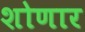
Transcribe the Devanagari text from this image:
शोणार